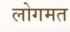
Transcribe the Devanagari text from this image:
लोगमत